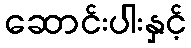
ဆောင်းပါးနှင့်